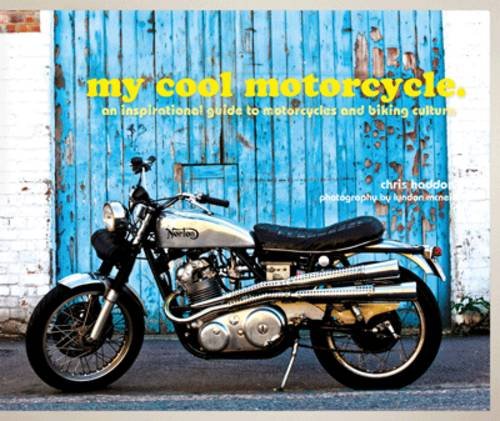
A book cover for My Cool Motorcycle: An Inspirational Guide to Motorcycles and Biking Culture; Chris Haddon; Arts & Photography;